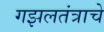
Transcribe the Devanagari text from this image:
गझलतंत्राचे